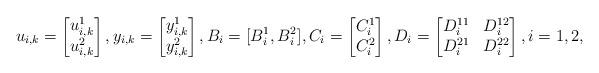
LaTeX: \begin{align*}u_{i,k}=\begin{bmatrix} u_{i,k}^1\\ u_{i,k}^2\end{bmatrix}, y_{i,k}=\begin{bmatrix} y_{i,k}^1\\ y_{i,k}^2\end{bmatrix},B_i=[B_i^1,B_i^2],C_i=\begin{bmatrix} C_i^1\\ C_i^2\end{bmatrix},D_i=\begin{bmatrix} D_i^{11}& D_i^{12}\\ D_i^{21}& D_i^{22}\end{bmatrix}, i=1,2,\end{align*}